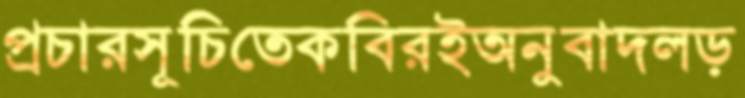
প্রচারসূচিতেকবিরইঅনুবাদলড়